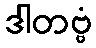
ဒါတဗ္ဗံ